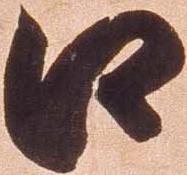
口